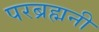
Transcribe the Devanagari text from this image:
परब्रह्मनी